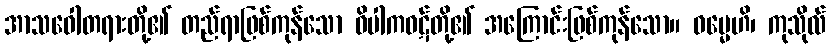
အာသဝေါတရားတို့၏ တည်ရာဖြစ်ကုန်သော ဝိပါကဝဋ်တို့၏ အကြောင်းဖြစ်ကုန်သော။ ဓမ္မေဟိ၊ ကုသိုလ်